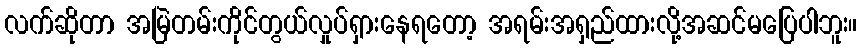
လက်ဆိုတာ အမြဲတမ်းကိုင်တွယ်လှုပ်ရှားနေရတော့ အရမ်းအရှည်ထားလို့အဆင်မပြေပါဘူး။